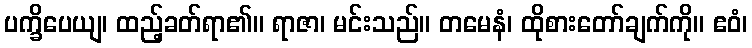
ပက္ခိပေယျ၊ ထည့်ခတ်ရာ၏။ ရာဇာ၊ မင်းသည်။ တမေနံ၊ ထိုစားတော်ချက်ကို။ ဧဝံ၊